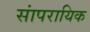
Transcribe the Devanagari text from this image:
सांपरायिक